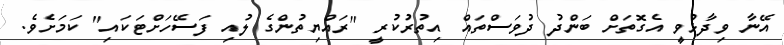
އޭނާ ވިދާޅުވީ އެގޮތަށް ބަންދު ދުވަސްތައް އިތުރުކުރީ "ރައްޔިތުންގެ ލުއި ފަސޭހަށްޓަކައި" ކަމަށެވެ.